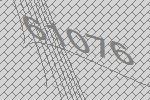
61076